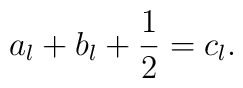
a_l + b_l +{1\over 2} = c_l.